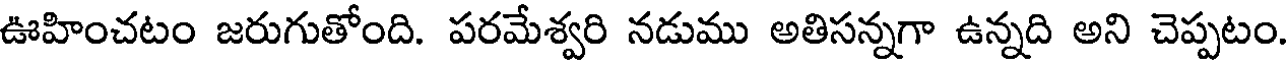
ఊహించటం జరుగుతోంది. పరమేశ్వరి నడుము అతిసన్నగా ఉన్నది అని చెప్పటం